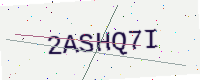
Text: 2ASHQ7I